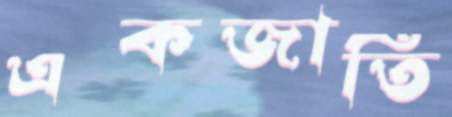
একজাতি